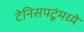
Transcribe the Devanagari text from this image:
टेनिसपटूंमध्ये